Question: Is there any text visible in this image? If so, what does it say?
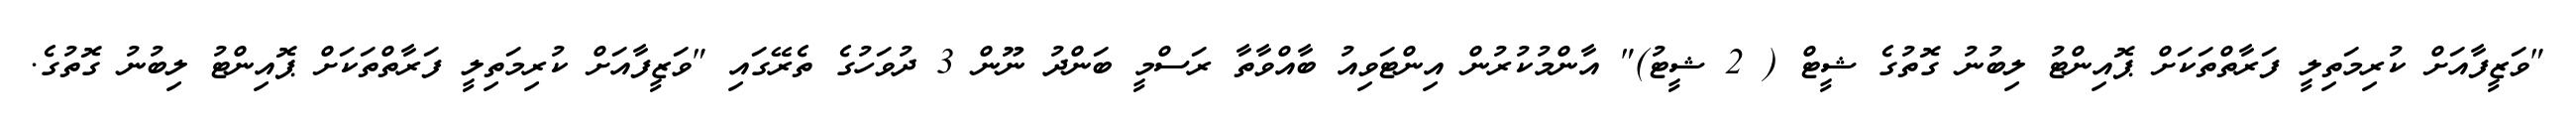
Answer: "ވަޒީފާއަށް ކުރިމަތިލީ ފަރާތްތަކަށް ޕޮއިންޓު ލިބުނު ގޮތުގެ ޝީޓް ( 2 ޝީޓު)" އާންމުކުރުން އިންޓަވިއު ބާއްވާތާ ރަސްމީ ބަންދު ނޫން 3 ދުވަހުގެ ތެރޭގައި "ވަޒީފާއަށް ކުރިމަތިލީ ފަރާތްތަކަށް ޕޮއިންޓު ލިބުނު ގޮތުގެ.